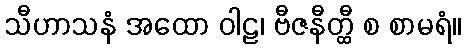
သီဟာသနံ အထော ဝါဠ၊ ဗီဇနီတ္ထီ စ စာမရံ။